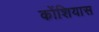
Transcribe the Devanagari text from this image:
कोंशियास